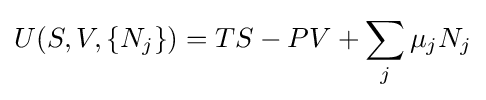
U(S,V,\{N_{j}\})=TS-PV+\sum _{j}\mu _{j}N_{j}